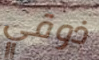
ذوقي